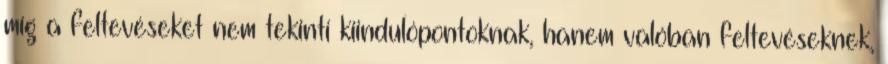
míg a feltevéseket nem tekinti kiindulópontoknak, hanem valóban feltevéseknek,